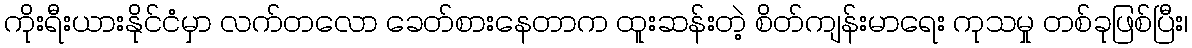
ကိုးရီးယားနိုင်ငံမှာ လက်တလော ခေတ်စားနေတာက ထူးဆန်းတဲ့ စိတ်ကျန်းမာရေး ကုသမှု တစ်ခုဖြစ်ပြီး၊